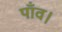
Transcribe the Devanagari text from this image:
पाँव।